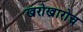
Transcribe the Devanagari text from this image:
खरोखारोच